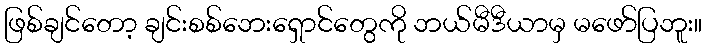
ဖြစ်ချင်တော့ ချင်းစစ်ဘေးရှောင်တွေကို ဘယ်မီဒီယာမှ မဖော်ပြဘူး။